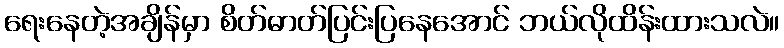
ရေးနေတဲ့အချိန်မှာ စိတ်ဓာတ်ပြင်းပြနေအောင် ဘယ်လိုထိန်းထားသလဲ။